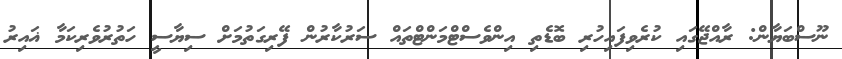
ނޫސްބަޔާން: ރާއްޖޭގައި ކުރެވިފައިހުރި ބޮޑެތި އިންވެސްޓްމަންޓްތައް ސަރުކާރުން ފޭރިގަތުމަށް ސިޔާސީ ހަތުރުވެރިކަމާ ޣައިރު